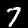
Label: 7